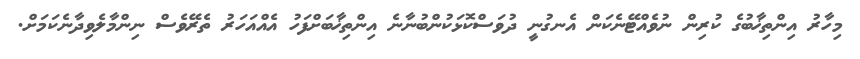
މިހާރު އިންތިޚާބުގެ ކުރިން ނުވެއްޓޭނެކަން އެނގުނީ ދުވަސްކޮޅަކުންބުނާނެ އިންތިޚާބަށްފަހު އެއްއަހަރު ތެރޭވެސް ނިންމާލެވިދާނެކަމަށް.